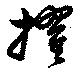
擢